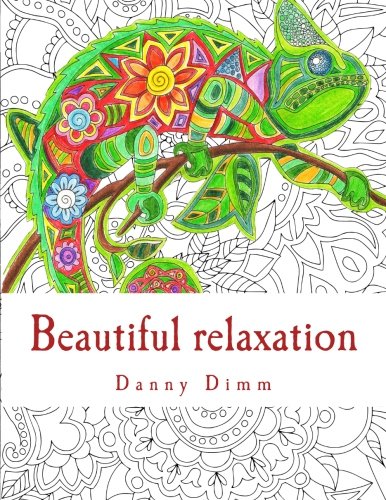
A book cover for Beautiful relaxation: Coloring book for everyone; Danny Dimm; Humor & Entertainment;